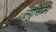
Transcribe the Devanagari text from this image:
ल्युसिज्म